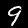
Digit: 9